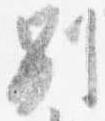
別